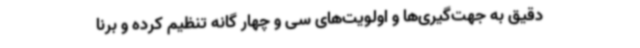
دقیق به جهت‌گیری‌ها و اولویت‌های سی و چهار گانه تنظیم کرده و برنا